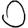
Digit: 0